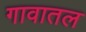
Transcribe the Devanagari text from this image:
गावातल